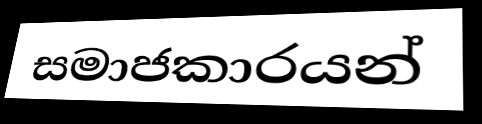
සමාජකාරයන්